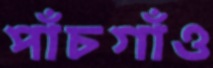
পাঁচগাঁও